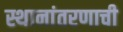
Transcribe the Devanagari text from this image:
स्थानांतरणाची